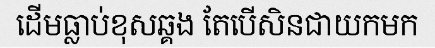
ដើមធ្លាប់ខុសឆ្គង តែបើសិនជាយកមក